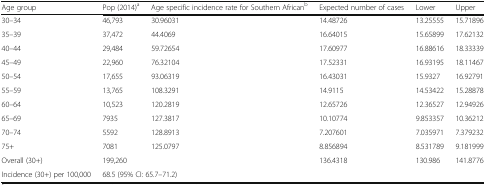
<table><thead><tr><td><b>Age group</b></td><td><b>Pop (2014)<sup>a</sup></b></td><td><b>Age specific incidence rate for Southern African<sup>b</sup></b></td><td><b>Expected number of cases</b></td><td><b>Lower</b></td><td><b>Upper</b></td></tr></thead><tbody><tr><td>30–34</td><td>46,793</td><td>30.96031</td><td>14.48726</td><td>13.25555</td><td>15.71896</td></tr><tr><td>35–39</td><td>37,472</td><td>44.4069</td><td>16.64015</td><td>15.65899</td><td>17.62132</td></tr><tr><td>40–44</td><td>29,484</td><td>59.72654</td><td>17.60977</td><td>16.88616</td><td>18.33339</td></tr><tr><td>45–49</td><td>22,960</td><td>76.32104</td><td>17.52331</td><td>16.93195</td><td>18.11467</td></tr><tr><td>50–54</td><td>17,655</td><td>93.06319</td><td>16.43031</td><td>15.9327</td><td>16.92791</td></tr><tr><td>55–59</td><td>13,765</td><td>108.3291</td><td>14.9115</td><td>14.53422</td><td>15.28878</td></tr><tr><td>60–64</td><td>10,523</td><td>120.2819</td><td>12.65726</td><td>12.36527</td><td>12.94926</td></tr><tr><td>65–69</td><td>7935</td><td>127.3817</td><td>10.10774</td><td>9.853357</td><td>10.36212</td></tr><tr><td>70–74</td><td>5592</td><td>128.8913</td><td>7.207601</td><td>7.035971</td><td>7.379232</td></tr><tr><td>75+</td><td>7081</td><td>125.0797</td><td>8.856894</td><td>8.531789</td><td>9.181999</td></tr><tr><td>Overall (30+)</td><td>199,260</td><td></td><td>136.4318</td><td>130.986</td><td>141.8776</td></tr><tr><td>Incidence (30+) per 100,000</td><td colspan="2">68.5 (95% CI: 65.7–71.2)</td><td></td><td></td><td></td></tr></tbody></table>